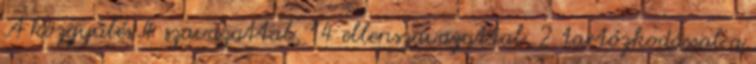
A közgyűlés 4 szavazattal, 14 ellenszavazattal, 2 tartózkodással a